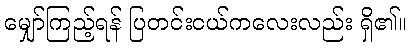
မျှော်ကြည့်ရန် ပြတင်းငယ်ကလေးလည်း ရှိ၏။